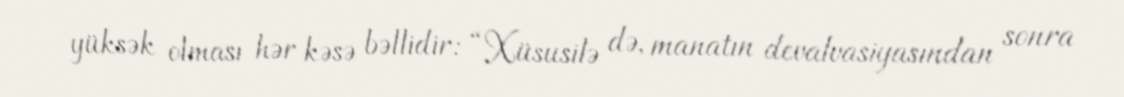
yüksək olması hər kəsə bəllidir: “Xüsusilə də, manatın devalvasiyasından sonra